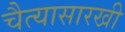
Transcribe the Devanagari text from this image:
चैत्यासारखी